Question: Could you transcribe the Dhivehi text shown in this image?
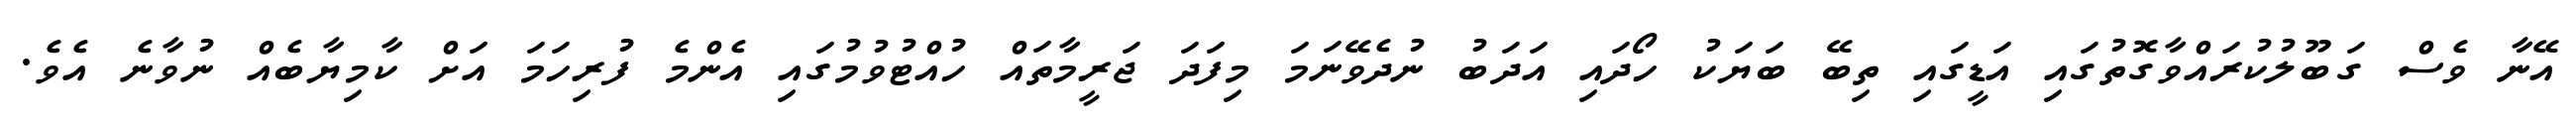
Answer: އޭނާ ވެސް ގަބޫލުކުރައްވާގޮތުގައި އަޑީގައި ތިބޭ ބަޔަކު ހޯދައި އަދަބު ނުދެވޭނަމަ މިފަދަ ޖަރީމާތައް ހުއްޓުވުމުގައި އެންމެ ފުރިހަމަ އަށް ކާމިޔާބެއް ނުވާނެ އެވެ.